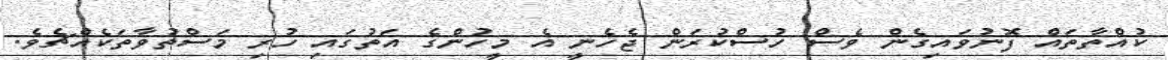
ކުއްތާތައް ފޮނުވައިގެން ވެސް ހުސްކުރަން ޖެހެނީ އެ މީހުންގެ އަތުގައި ހުރި މަސްތުވާތަކެއްޗެވެ.